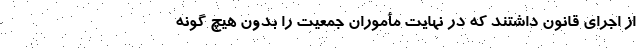
از اجرای قانون داشتند که در نهایت مأموران جمعیت را بدون هیچ گونه